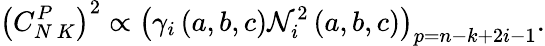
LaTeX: \left(C_{N\ K}^{P}\right)^{2}\propto\left(\gamma_{i}\left(a,b,c\right)\mathcal{N}_{i}^{2}\left(a,b,c\right)\right)_{p=n-k+2i-1}.